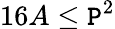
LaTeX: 16A\leq\mathtt{P}^{2}